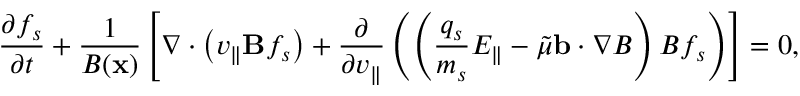
\frac { \partial f _ { s } } { \partial t } + \frac { 1 } { B ( \mathbf { x } ) } \left[ \nabla \cdot \left( v _ { \parallel } \mathbf { B } f _ { s } \right) + \frac { \partial } { \partial v _ { \parallel } } \left( \left( \frac { q _ { s } } { m _ { s } } E _ { \parallel } - \Tilde { \mu } \mathbf { b } \cdot \nabla B \right) B f _ { s } \right) \right] = 0 ,